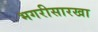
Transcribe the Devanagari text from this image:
भगरीसारखा